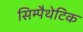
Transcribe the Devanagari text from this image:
सिम्पैथेटिक